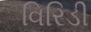
વિરિડી